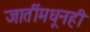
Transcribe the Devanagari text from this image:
जातींमधूनही